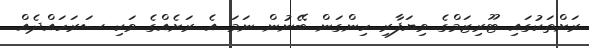
ރަށްތަކުގައި ޓޫރިޒަމްގެ ވިޔަފާރި ހިންގަން ބޭނުން ނަމަ އެ ރަށެއްގެ ވަކި ސަރަހައްދެއް